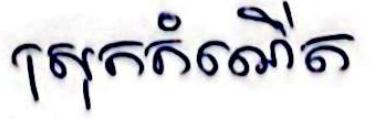
ស្រុកកំណើត